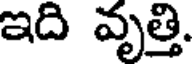
ఇది వృత్తి.